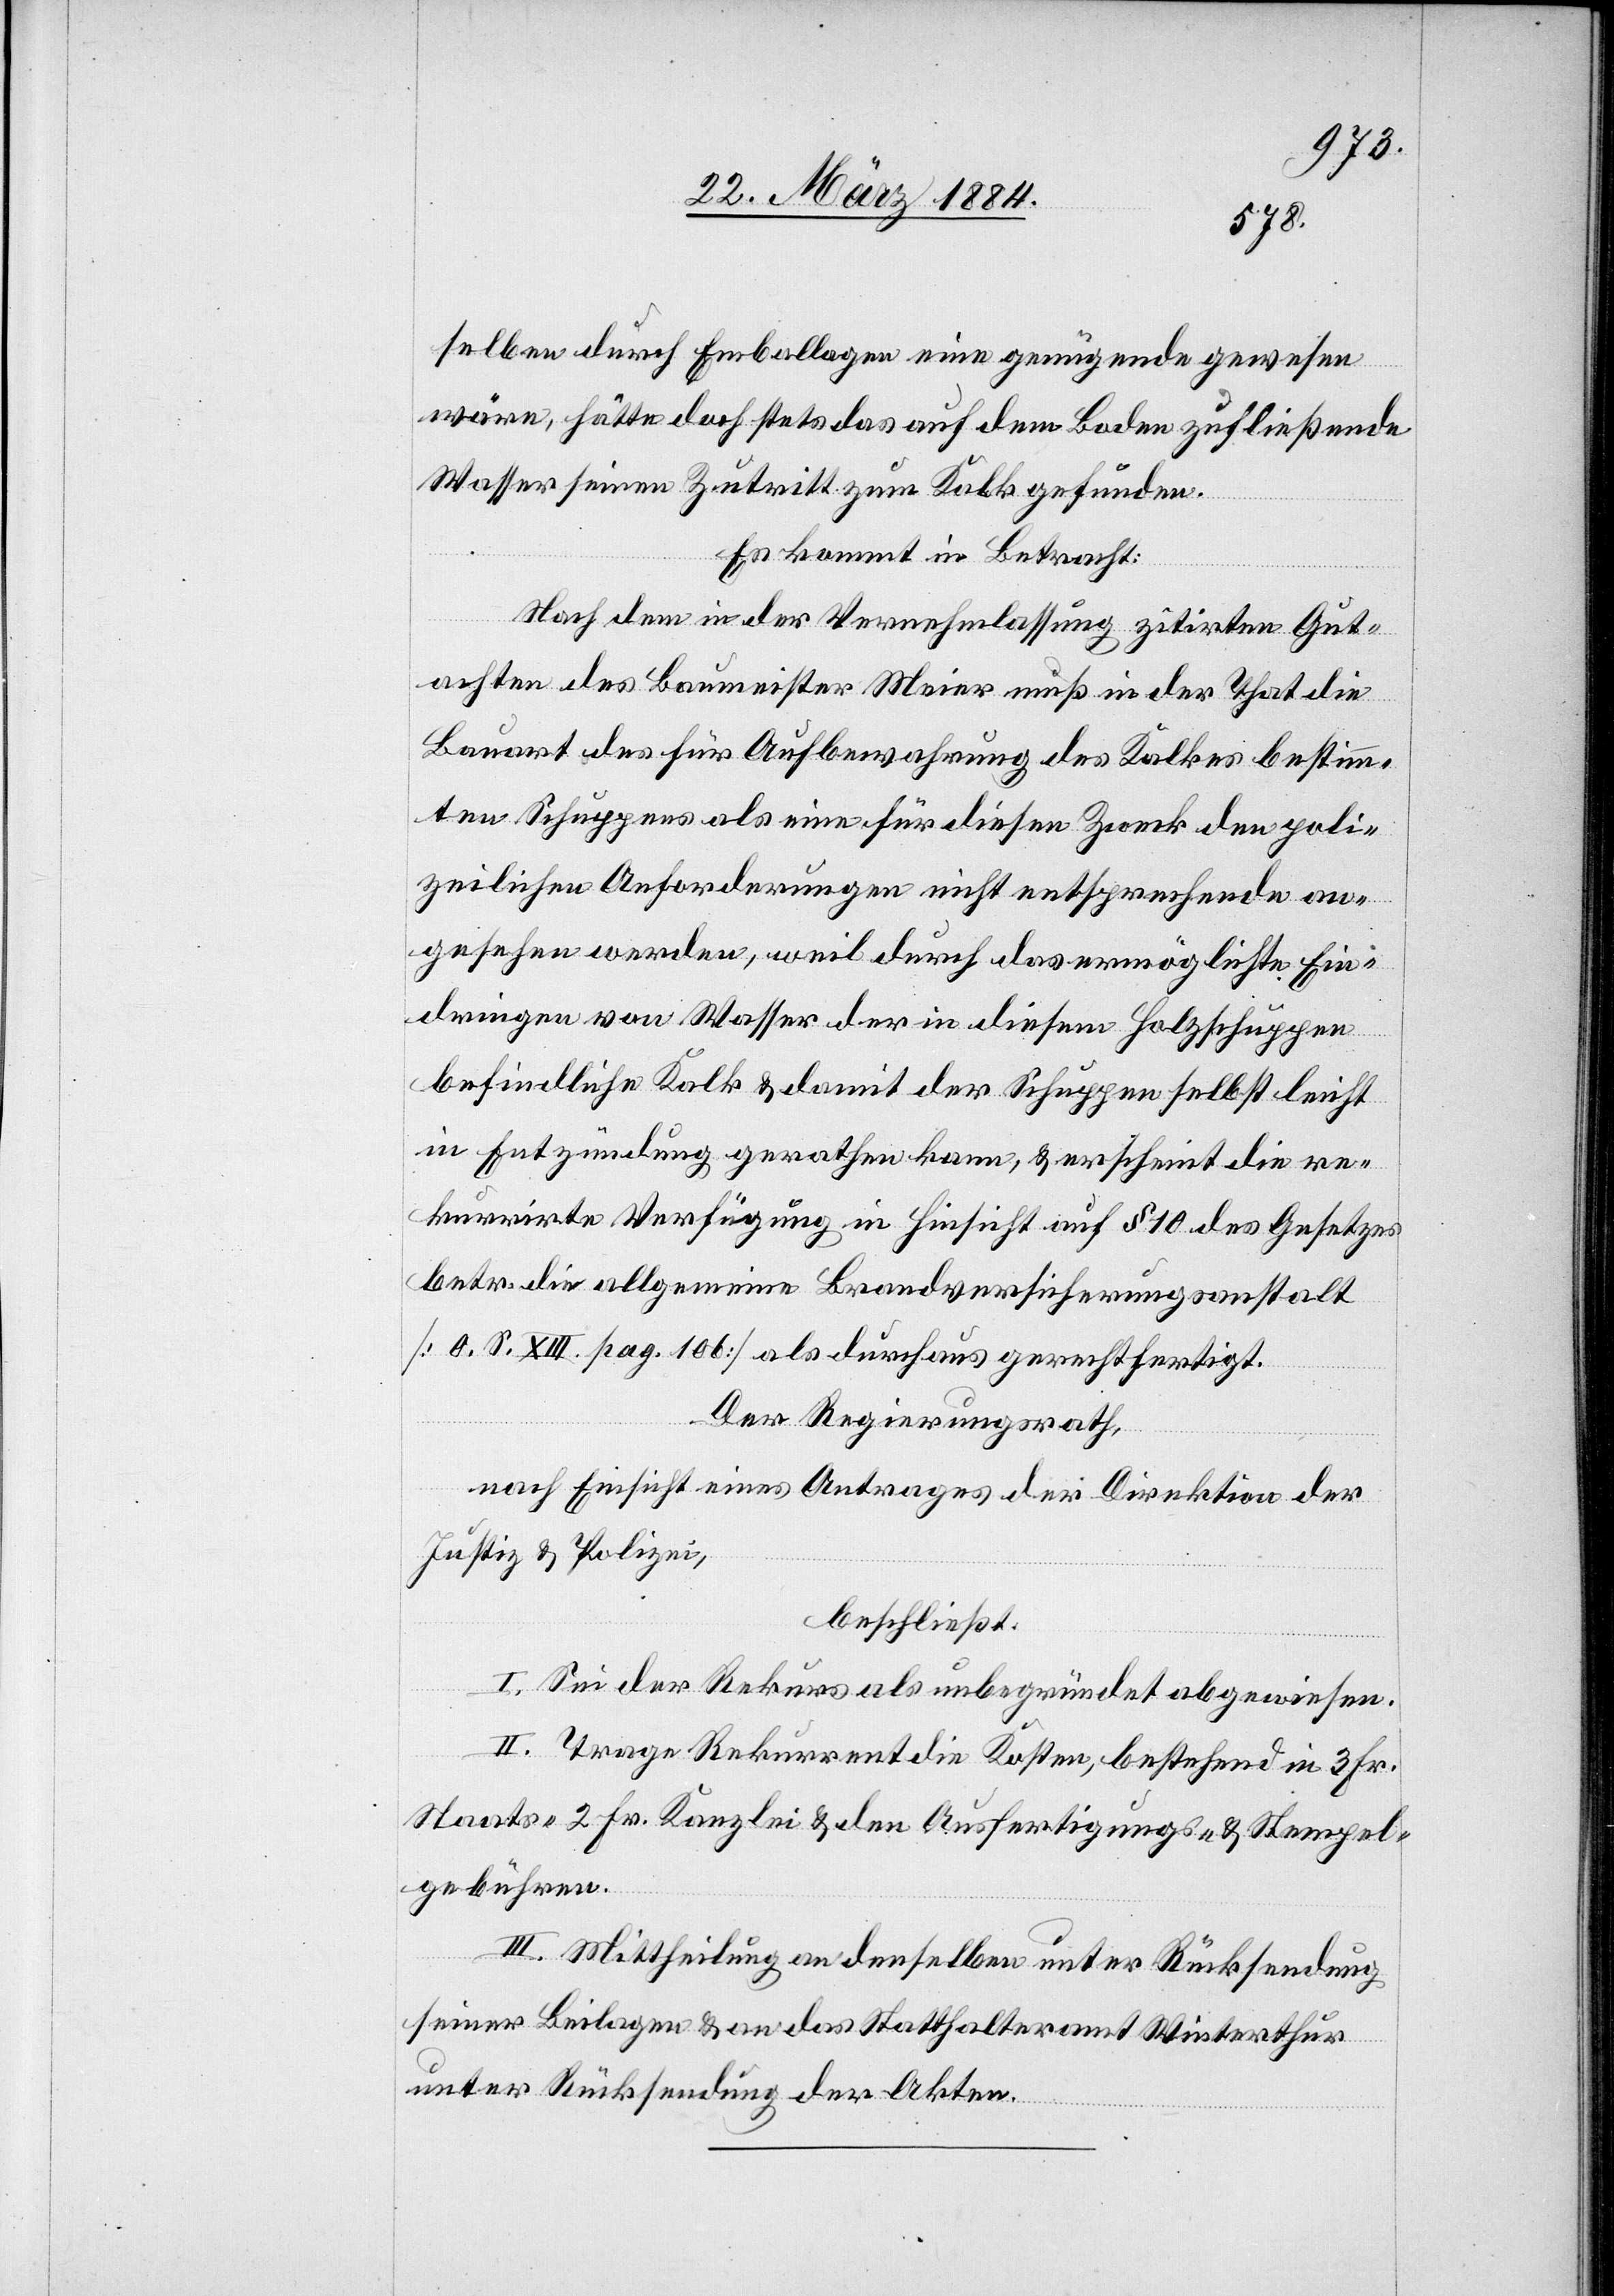
selben durch Emballagen eine genügende gewesen
wäre, hätte doch stets das auf dem Boden zufließende
Wasser seinen Zutritt zum Kalk gefunden.
Es kommt in Betracht:
Nach dem in der Vernehmlassung zitirten Gut¬
achten des Baumeister Meier muß in der That die
Bauart des für Aufbewahrung des Kalkes bestimm¬
ten Schuppens als eine für diesen Zweck den poli¬
zeilichen Anforderungen nicht entsprechende an¬
gesehen werden, weil durch das ermöglichte Ein¬
dringen von Wasser der in diesem Holzschuppen
befindliche Kalk & damit der Schuppen selbst leicht
in Entzündung gerathen kann, & erscheint die re¬
kurrirte Verfügung in Hinsicht auf § 10 des Gesetzes
betr. die allgemeine Brandversicherungsanstalt
[O. S. XII. pag. 10b] als durchaus gerechtfertigt.
Der Regierungsrath,
nach Einsicht eines Antrages der Direktion der
Justiz & Polizei,
beschließt:
I. Sei der Rekurs als unbegründet abgewiesen.
II. Trage Rekurrent die Kosten, bestehend in 3 Fr.
Staats-, 2 Fr. Kanzlei- & den Ausfertigungs- & Stempel¬
gebühren.
III. Mittheilung an denselben unter Rücksendung
seiner Beilagen & an das Statthalteramt Winterthur
unter Rücksendung der Akten.